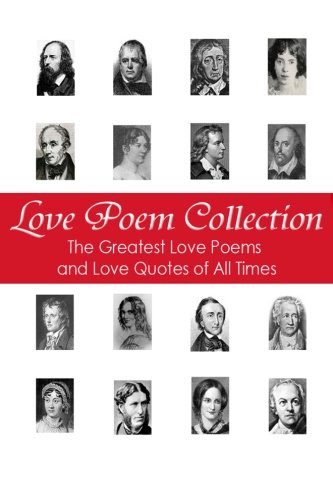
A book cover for Love Poem Collection: The Greatest Love Poems of All Time; George Chityil; Literature & Fiction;